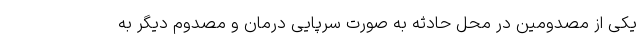
یکی از مصدومین در محل حادثه به صورت سرپایی درمان و مصدوم دیگر به